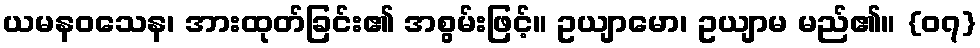
ယမနဝသေန၊ အားထုတ်ခြင်း၏ အစွမ်းဖြင့်။ ဥယျာမော၊ ဥယျာမ မည်၏။ {၀၇}